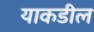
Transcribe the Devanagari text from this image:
याकडील